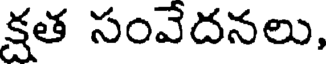
క్షత సంవేదనలు,